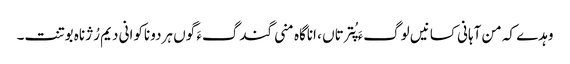
وہدے کہ من آہانی کسانیں لوگءَ پُترتاں ، اناگاہ منی گندگءَ گوں ہردو ناکوانی دیم رُژناہ بوتنت۔